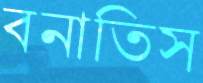
বনাতিস